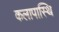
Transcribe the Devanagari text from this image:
कलापास्थि